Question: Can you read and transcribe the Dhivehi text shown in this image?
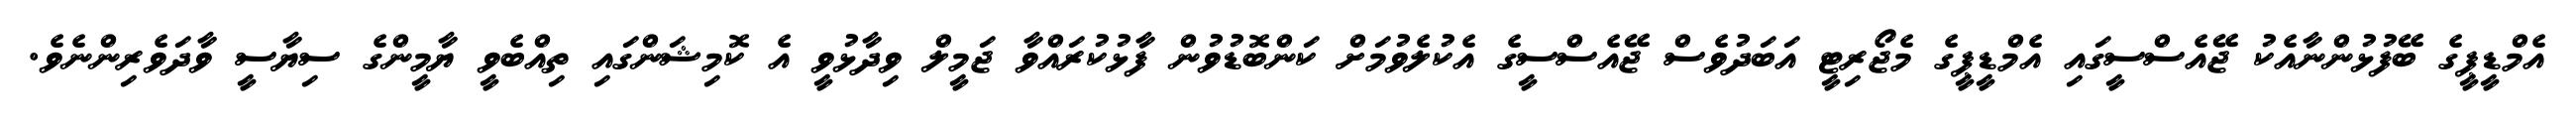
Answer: އެމްޑީޕީގެ ބޭފުޅުންނާއެކު ޖޭއެސްސީގައި އެމްޑީޕީގެ މެޖޯރިޓީ އަބަދުވެސް ޖޭއެސްސީގެ އެކުލެވުމަށް ކަންބޮޑުވުން ފާޅުކުރައްވާ ޖަމީލް ވިދާޅުވީ އެ ކޮމިޝަންގައި ތިއްބެވީ ޔާމީންގެ ސިޔާސީ ވާދަވެރިންނެވެ.